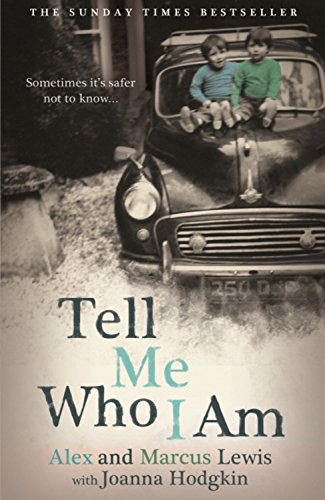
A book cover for Tell Me Who I Am: Sometimes it's Safer Not to Know; Alex Lewis; Parenting & Relationships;